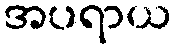
အပရာယ